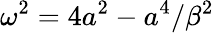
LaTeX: \omega^{2}=4a^{2}-a^{4}/\beta^{2}